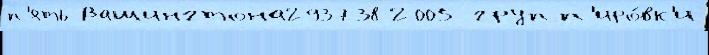
п'ять Вашингтона293738 2005 групп'иро́вк'и